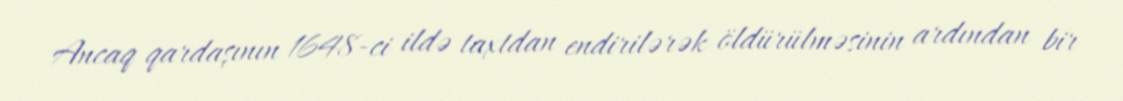
Ancaq qardaşının 1648-ci ildə taxtdan endirilərək öldürülməsinin ardından bir